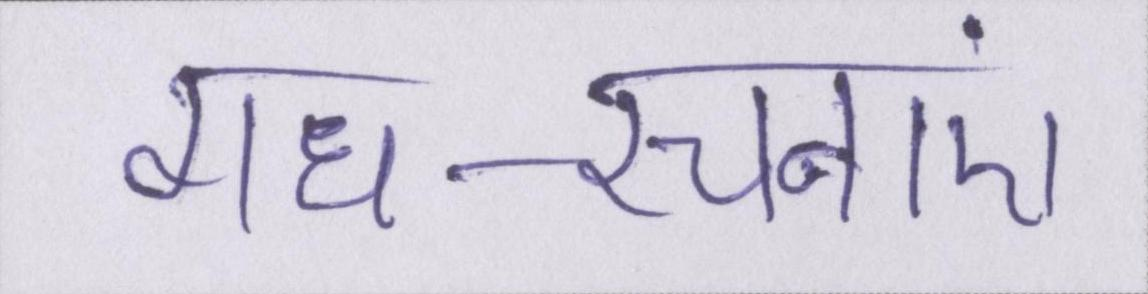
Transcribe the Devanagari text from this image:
गध-रचनाएं